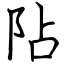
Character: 阽